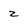
Character: z